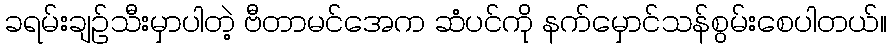
ခရမ်းချဉ်သီးမှာပါတဲ့ ဗီတာမင်အေက ဆံပင်ကို နက်မှောင်သန်စွမ်းစေပါတယ်။